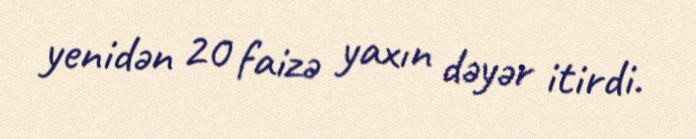
yenidən 20 faizə yaxın dəyər itirdi.